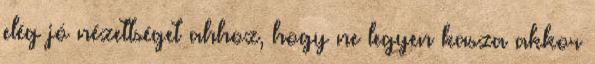
elég jó nézettséget ahhoz, hogy ne legyen kasza akkor